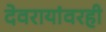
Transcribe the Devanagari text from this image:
देवरायांवरही